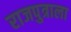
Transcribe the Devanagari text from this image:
राजपुत्राला